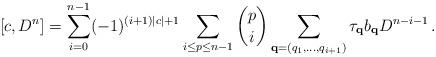
LaTeX: \begin{align*}[ c, D^n ] = \sum_{i=0}^{n-1} (-1)^{(i+1)|c| + 1} \sum_{i \le p \le n-1} \binom{p}{i} \sum_{\bold{q} = (q_1,\ldots,q_{i+1})} \tau_{\bold{q}} b_{\bold{q}} D^{n-i-1}\,.\end{align*}